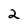
Character: 2